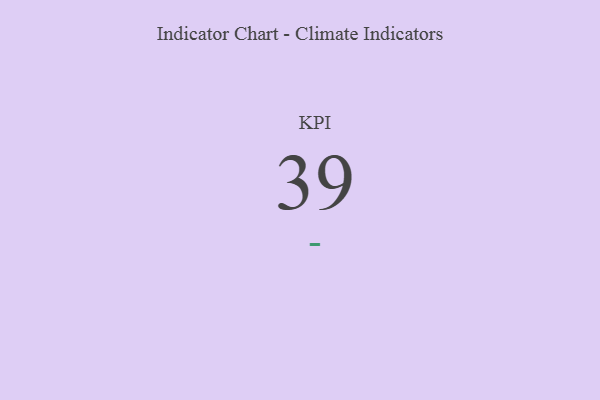
{"axis": {"x": "KPI", "y": "Value"}, "legend": [""], "data": [{"x": "KPI", "y": 39, "type": ""}]}